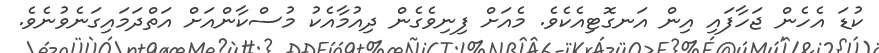
ކުޑަ އެހެން ޖަހާފައި އިން އަނގޮޓިއެކެވެ. މެއަށް ފިނިވެގެން ދިއުމާއެކު މުސްކާންއަށް އަތްދަމައިގަނެވުނެވެ.